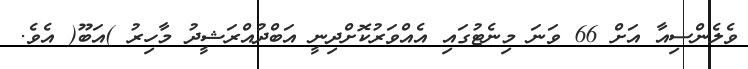
ވެލެންސިއާ އަށް 66 ވަނަ މިނެޓުގައި އެއްވަރުކޮށްދިނީ އަބްދުއްރަޝީދު މާހިރު )އަބޫ( އެވެ.